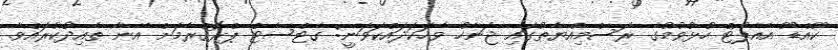
ކޫއްޑޫ އެއާޕޯޓް ހުޅުވުމުގެ ރަސްމިއްޔާތުގައި ޖަނާހު ވާހަކަދައްކަވަނީ: ގެޓްސެޓް ޕްރޮގްރާމަށް އޭނާ ތާއިދުކުރައްވާ.